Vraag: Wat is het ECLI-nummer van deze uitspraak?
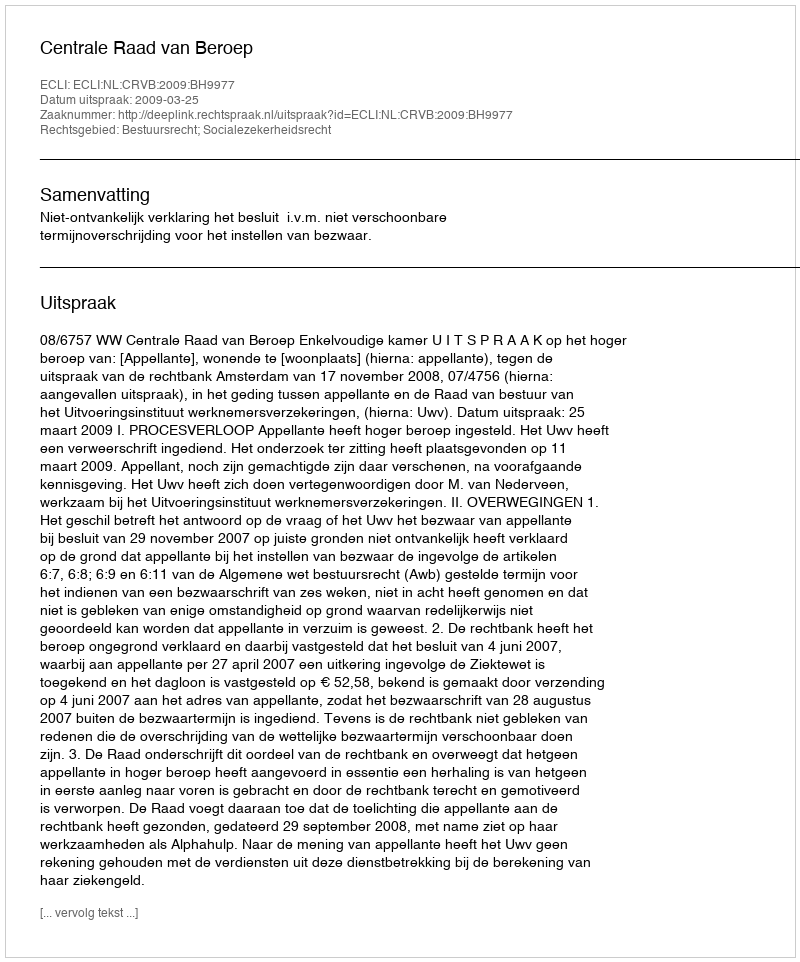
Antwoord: ECLI:NL:CRVB:2009:BH9977